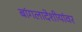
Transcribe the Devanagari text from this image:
बांगलादेशीयांवर